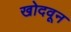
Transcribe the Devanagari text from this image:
खोदवून